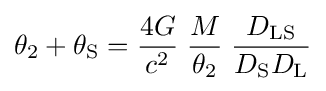
\theta _{2}+\theta _{\rm {S}}={\frac {4G}{c^{2}}}\;{\frac {M}{\theta _{2}}}\;{\frac {D_{\rm {LS}}}{D_{\rm {S}}D_{\rm {L}}}}